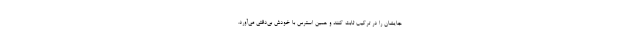
جایشان را در ترکیب ثابت کنند و همین استرس با خودش بی‌دقتی می‌آورد.